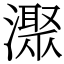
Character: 㵵